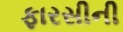
ફારસીની